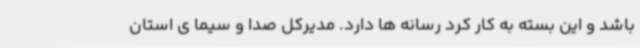
باشد و این بسته به کار کرد رسانه ها دارد. مدیرکل صدا و سیما ی استان